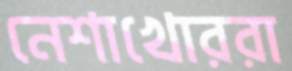
নেশাখোররা